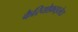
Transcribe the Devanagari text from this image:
कैरियोफ़ाइलेटा